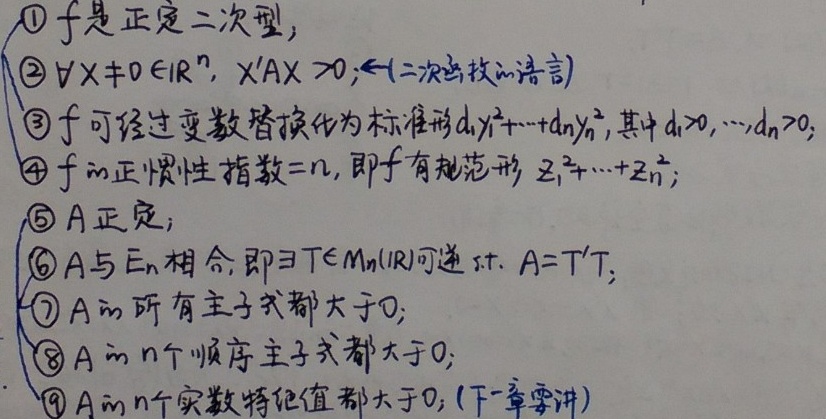
\begin{enumerate}
    \item \(f\)是正定二次型。
    \item \(\forall X\neq0\in\mathbb{R}^{n},\ X^{\prime}AX > 0\); \(\leftarrow\)(二次型的语言)
    \item \(f\)可经过变数替换化为标准形\(d_{1}y_{1}^{2}+\cdots +d_{n}y_{n}^{2}\), 其中\(d_{1}>0,\cdots,d_{n}>0\)。
    \item \(f\)的正惯性指数\(=n\), 即\(f\)有规范形 \(z_{1}^{2}+\cdots+z_{n}^{2}\)。
    \item \(A\)正定。
    \item \(A\)与\(E_{n}\)相合, 即\(\exists T\in M_{n}(\mathbb{R})\)可逆 s.t. \(A = T^{\prime}T\)。
    \item \(A\)的所有主子式都大于\(0\)。
    \item \(A\)的\(n\)个顺序主子式都大于\(0\)。
    \item \(A\)的\(n\)个实数特征值都大于\(0\)。(下一章要讲)
\end{enumerate}